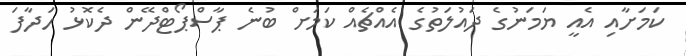
ކަމަށާއި އެއީ ޔަމަނުގެ ދައުލަތުގެ އެއްޗެއް ކަމަށް ބުނެ ޕާސްޕޯޓްދޭން ދެކޮޅު ހަދާފަ